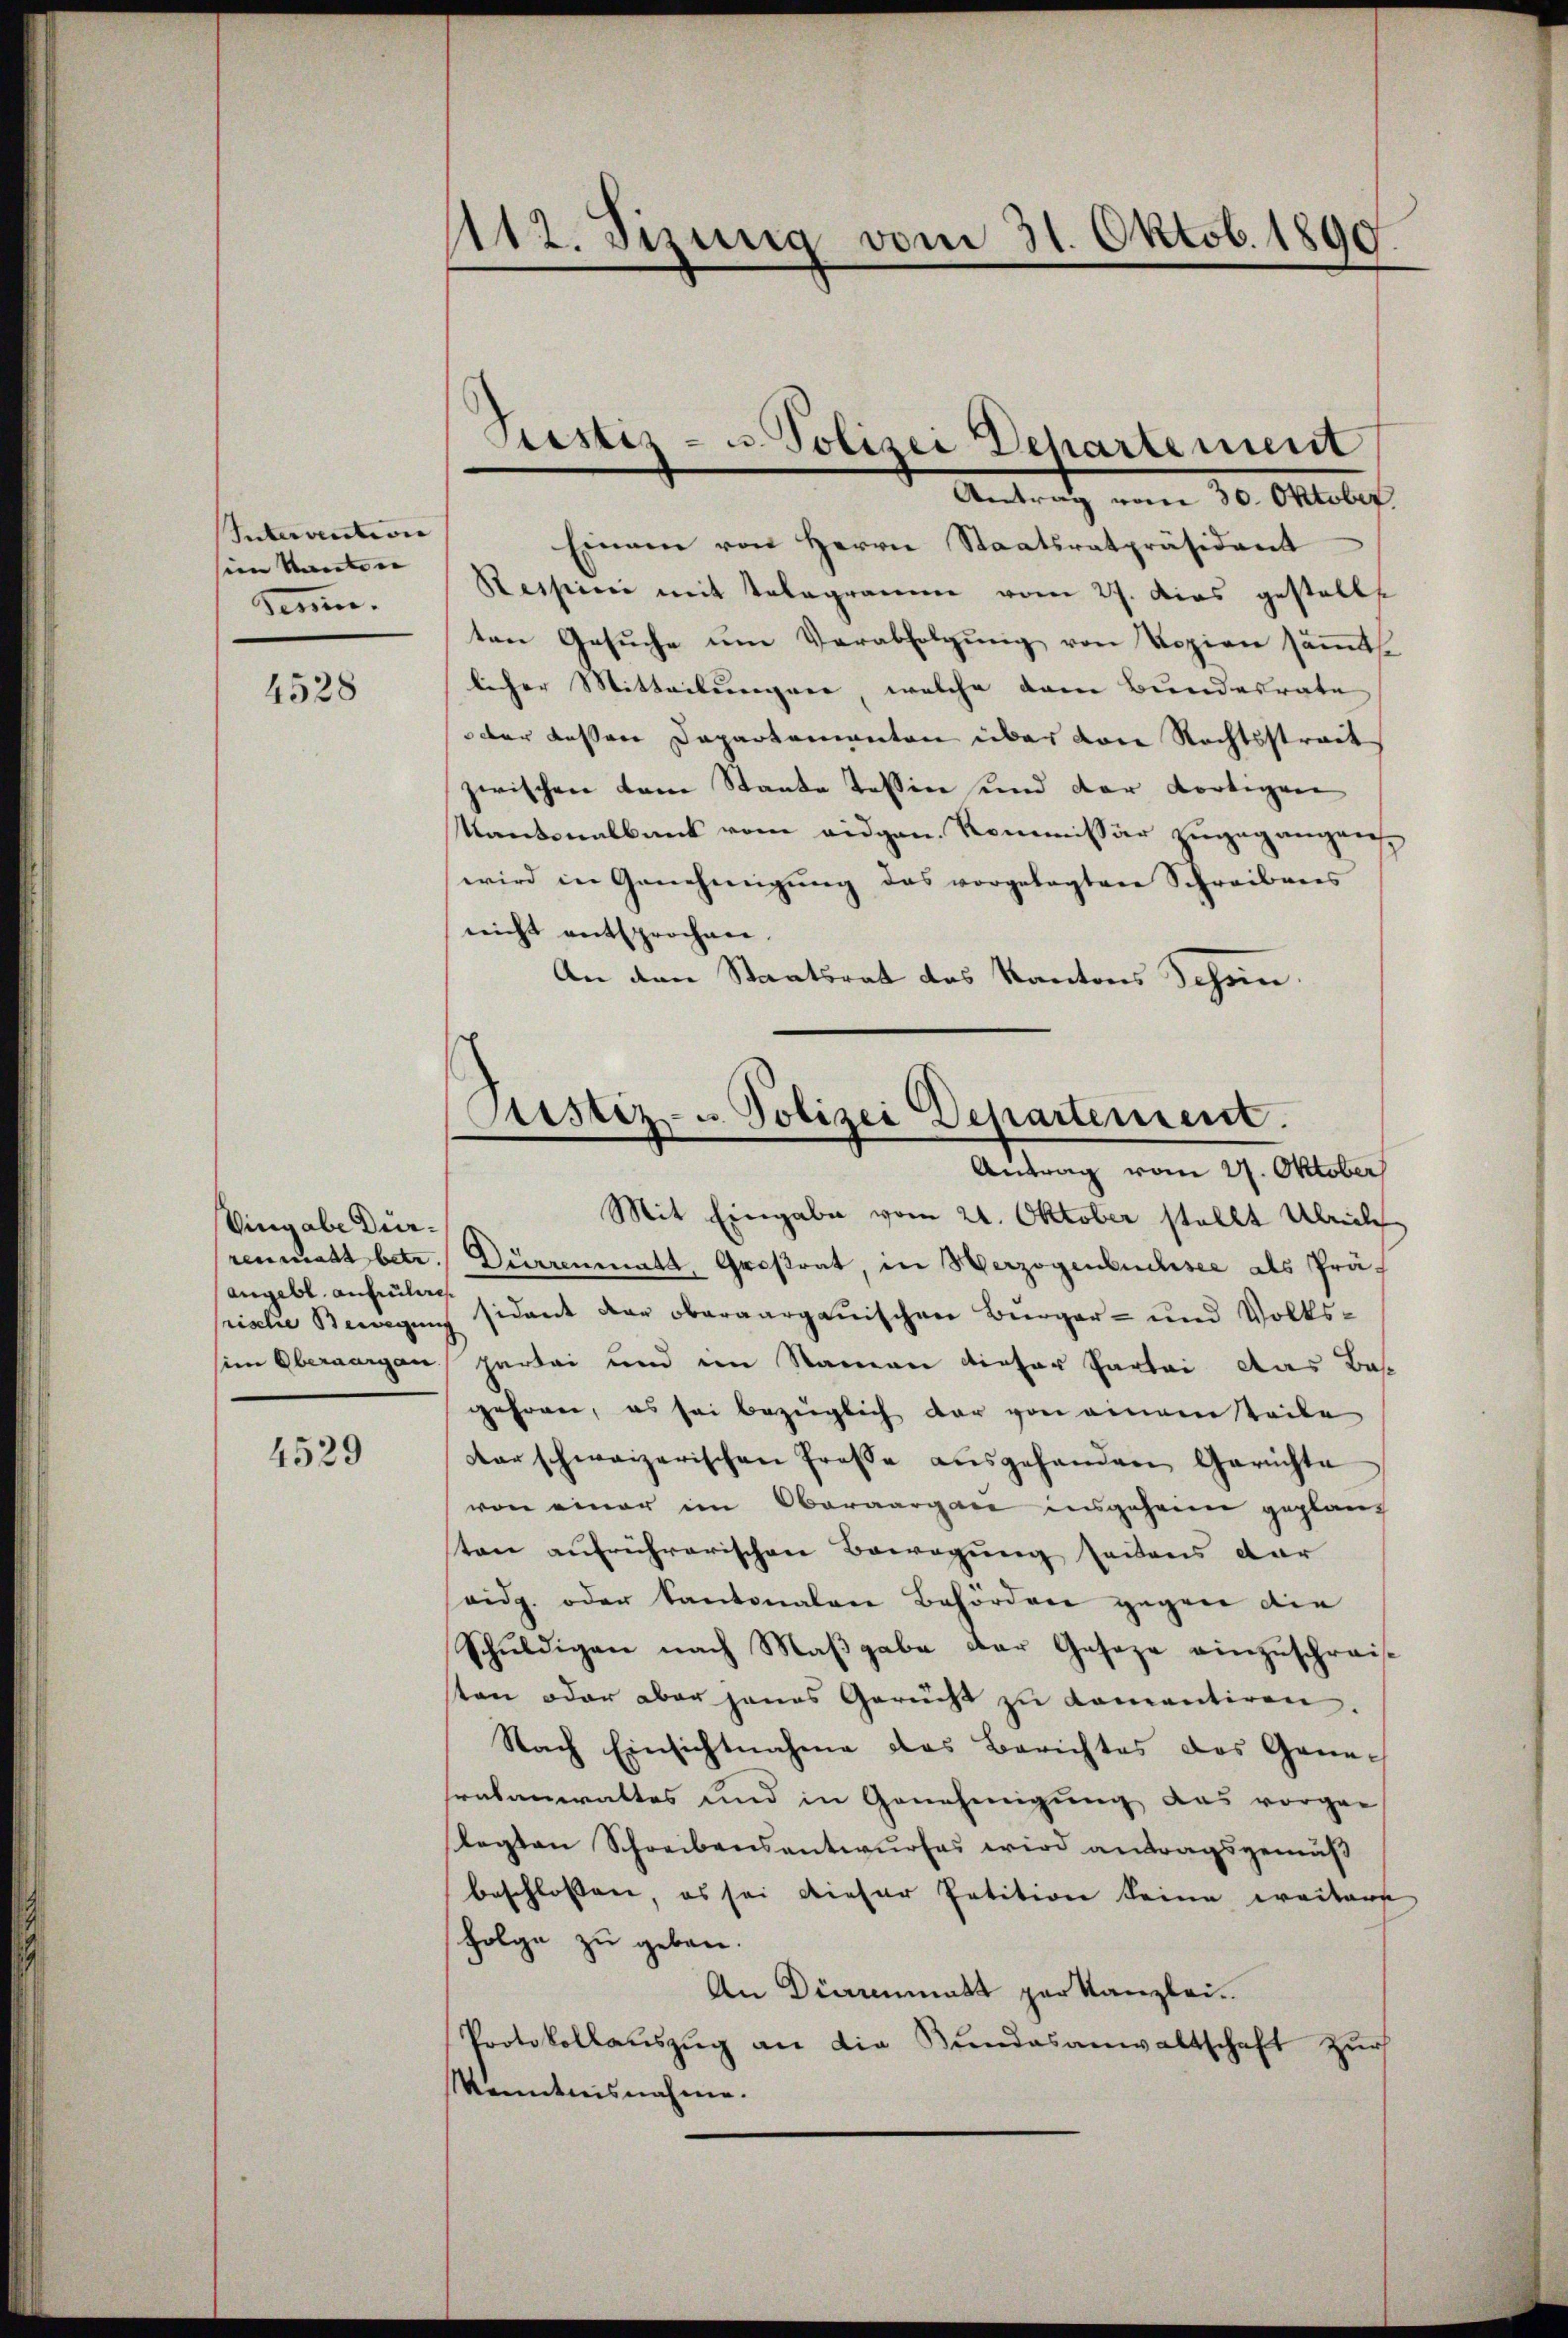
Intervention
sien Kantone
sem.

4528

Vingabe Dürangebl. aufrühere

4529

112. Sizung vom 31. Oktob. 1890.

Antrath von 20. Oktober
Einem von Herrn Staatsratpräsident
Resseine mit Telegramme vom 27. dies gestellte
ten Gesŭche um Verabfolgung von Kopien sämt.
licher Mitteilungen, welche dem Bundesrate
oder dessen Departementen über von Rechtsstreit
zwischen dene Staate Tessine und der dortigen
Kantonalbank vom eidgen. Kommissär zugegangen,
wird in Genehmigŭng das vorgelegten Schreibens
nicht entsprochen.
An den Staatsrat des Kantons Schen.

Prestiz- u. Polizei Departement

Piustiz- u Polizei Departement.
Antrag vom 27. Oktober

Mit Eingabe vom 21. Oktober stellt Übrieli
renmatt betr. Durrenmatt, Großrat, in Herzogenbuchsee als Prä-
rialie Bewegung sidant der oberaargauischen Bürger- und Volkssim Oberaargau partei und im Namen dieser Partei das Be-
gehren, es sei bezüglich dar von einem Teile
darschweizerischen Presse ausgehanden Gerichte
von einer im Oberaargau insgeheim geplanz
sten aufrührerischen Bewegung seitens dar
seidg. oder Kantonalere Behördere gegen die
Schuldigen nach Maßgabe der Geseze einzuschreis
sten oder aber jenes Gericht zu komentiren.
Nach Einsichtnahme des Berichtes das Genetrabanwaltes und in Genehmigung das vorge-
legten Schreibensantwurfes wird antragsgemäß
beschlossen, es sei dieser Petition keine weitere
Folge zu geben.
An Diarenmatt par Kanzlei.
Protokollaŭszŭg an die Bundesanwaltschaft zur
Kenntnisnahme.